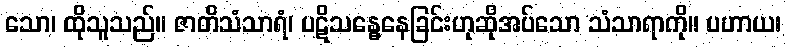
သော၊ ထိုသူသည်။ ဇာတိသံသာရံ၊ ပဋိသန္ဓေနေခြင်းဟုဆိုအပ်သော သံသာရာကို။ ပဟာယ၊